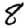
Digit: 8